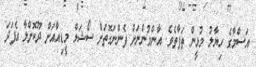
އަސްމާގެ ހިޔާލު މުޅީން ތަފާތެވެ. އާންމުންނަށް ފެންނަގޮތަށް ސޯޝަލް މީޑިއާއަށް ދޫކޮށްލާ އެފަދަ